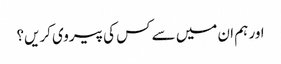
اور ہم ان میں سے کس کی پیروی کریں؟